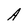
Character: A